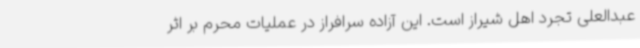
عبدالعلی تجرد اهل شیراز است. این آزاده سرافراز در عملیات محرم بر اثر